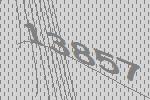
13857